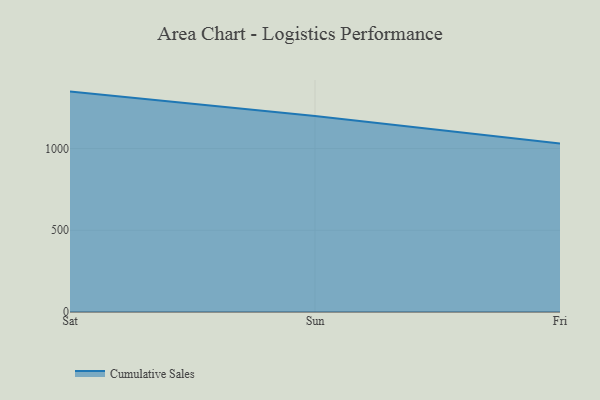
{"axis": {"x": "Day", "y": "Headcount"}, "legend": ["Cumulative Sales"], "data": [{"x": "Sat", "y": 1348.5, "type": "Cumulative Sales"}, {"x": "Sun", "y": 1198.5, "type": "Cumulative Sales"}, {"x": "Fri", "y": 1030.3, "type": "Cumulative Sales"}]}